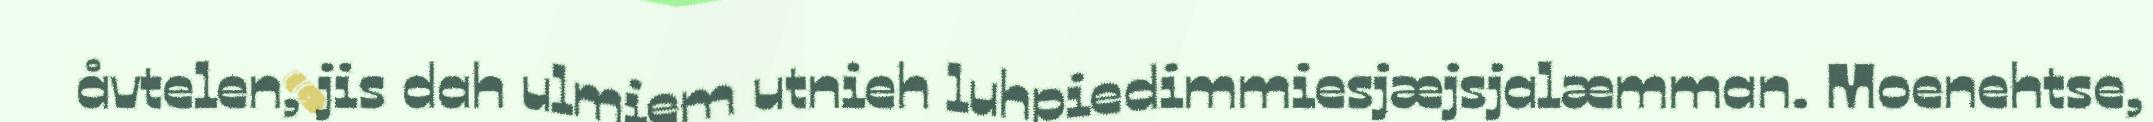
åvtelen, jis dah ulmiem utnieh luhpiedimmiesjæjsjalæmman. Moenehtse,